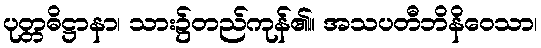
ပုတ္တဓိဋ္ဌာနာ၊ သား၌တည်ကုန်၏။ အသပတီဘိနိဝေသာ၊